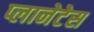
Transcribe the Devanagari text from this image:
प्लानेटेस